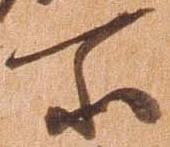
所